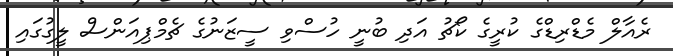
ރެއާލް މެޑްރިޑްގެ ކުރީގެ ކޯޗު އަދި ބުނީ ހުސްވި ސީޒަނުގެ ޗެމްޕިއަންސް ލީގުގައި